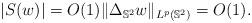
LaTeX: \begin{align*}|S(w)| = O(1) \|\Delta_{\mathbb{S}^2} w\|_{L^p(\mathbb{S}^2)} = O(1).\end{align*}